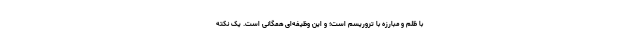
با ظلم و مبارزه با تروریسم است؛ و این وظیفه‌ای همگانی است. یک نکته‌